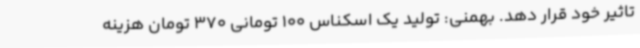
تاثیر خود قرار دهد. بهمنی: تولید یک اسکناس 100 تومانی 370 تومان هزینه